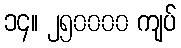
၁၄။ ၂၅၀၀၀၀ ကျပ်